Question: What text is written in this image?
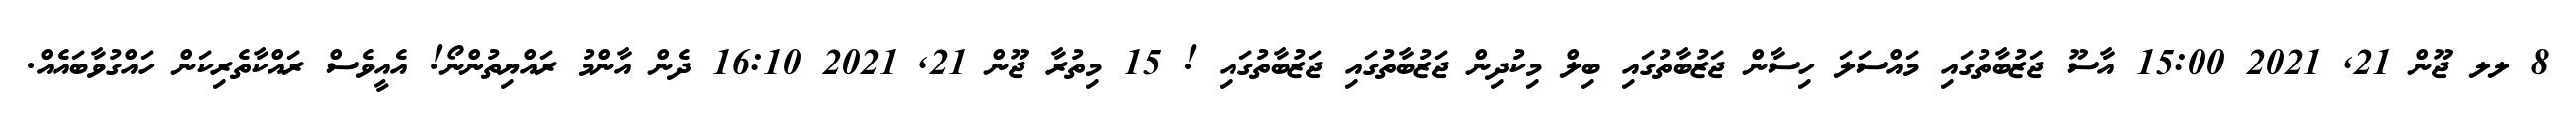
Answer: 8 ލލ ޖޫން 21, 2021 15:00 އާސޫ ޖަޒުބާތުގައި މައްސަލަ ހިސާން ޖަޒުބާތުގައި ބިލް މިކުދިން ޖަޒުބާތުގައި ޖަޒުބާތުގައި ! 15 މިތުރާ ޖޫން 21, 2021 16:10 ދެން އާންމު ރައްޔިތުންނޯ! އެއީވެސް ރައްކާތެރިކަން ހައްގުވާބައެއް.